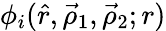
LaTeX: \phi_{i}(\hat{r},\vec{\rho}_{1},\vec{\rho}_{2};r)